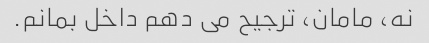
نه، مامان، ترجیح می دهم داخل بمانم.